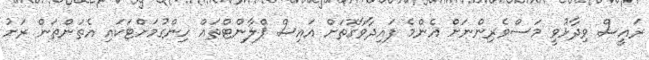
ރައީސް ވިދާޅުވީ މަސްވެރިންނަށް އެންމެ ފައިދާވާގޮތަށް އައިސް ޕްލާންޓްތައް ހިންގުމަށްޓަކައި އެތަންތަން ރަށު